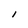
Character: I